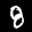
Label: 8